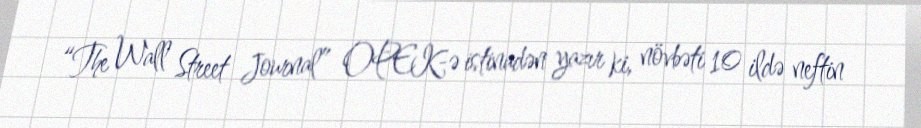
“The Wall Street Journal” OPEK-ə istinadən yazır ki, növbəti 10 ildə neftin